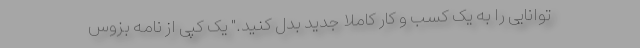
توانایی را به یک کسب و کار کاملا جدید بدل کنید." یک کپی از نامه بزوس